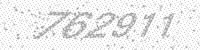
Solution: 762911